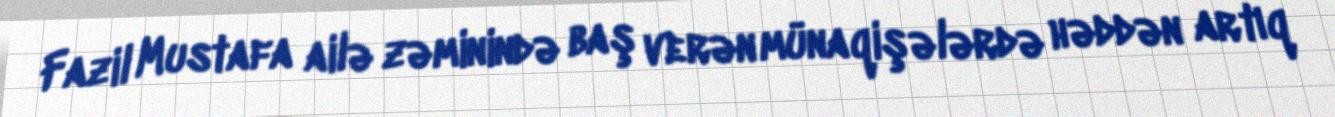
Fazil Mustafa ailə zəminində baş verən münaqişələrdə həddən artıq